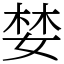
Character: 婪